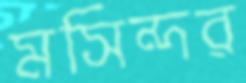
মসিন্দর